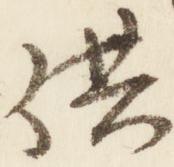
供